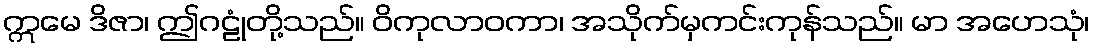
ဣမေ ဒိဇာ၊ ဤဂဠုံတို့သည်။ ဝိကုလာဝကာ၊ အသိုက်မှကင်းကုန်သည်။ မာ အဟေသုံ၊